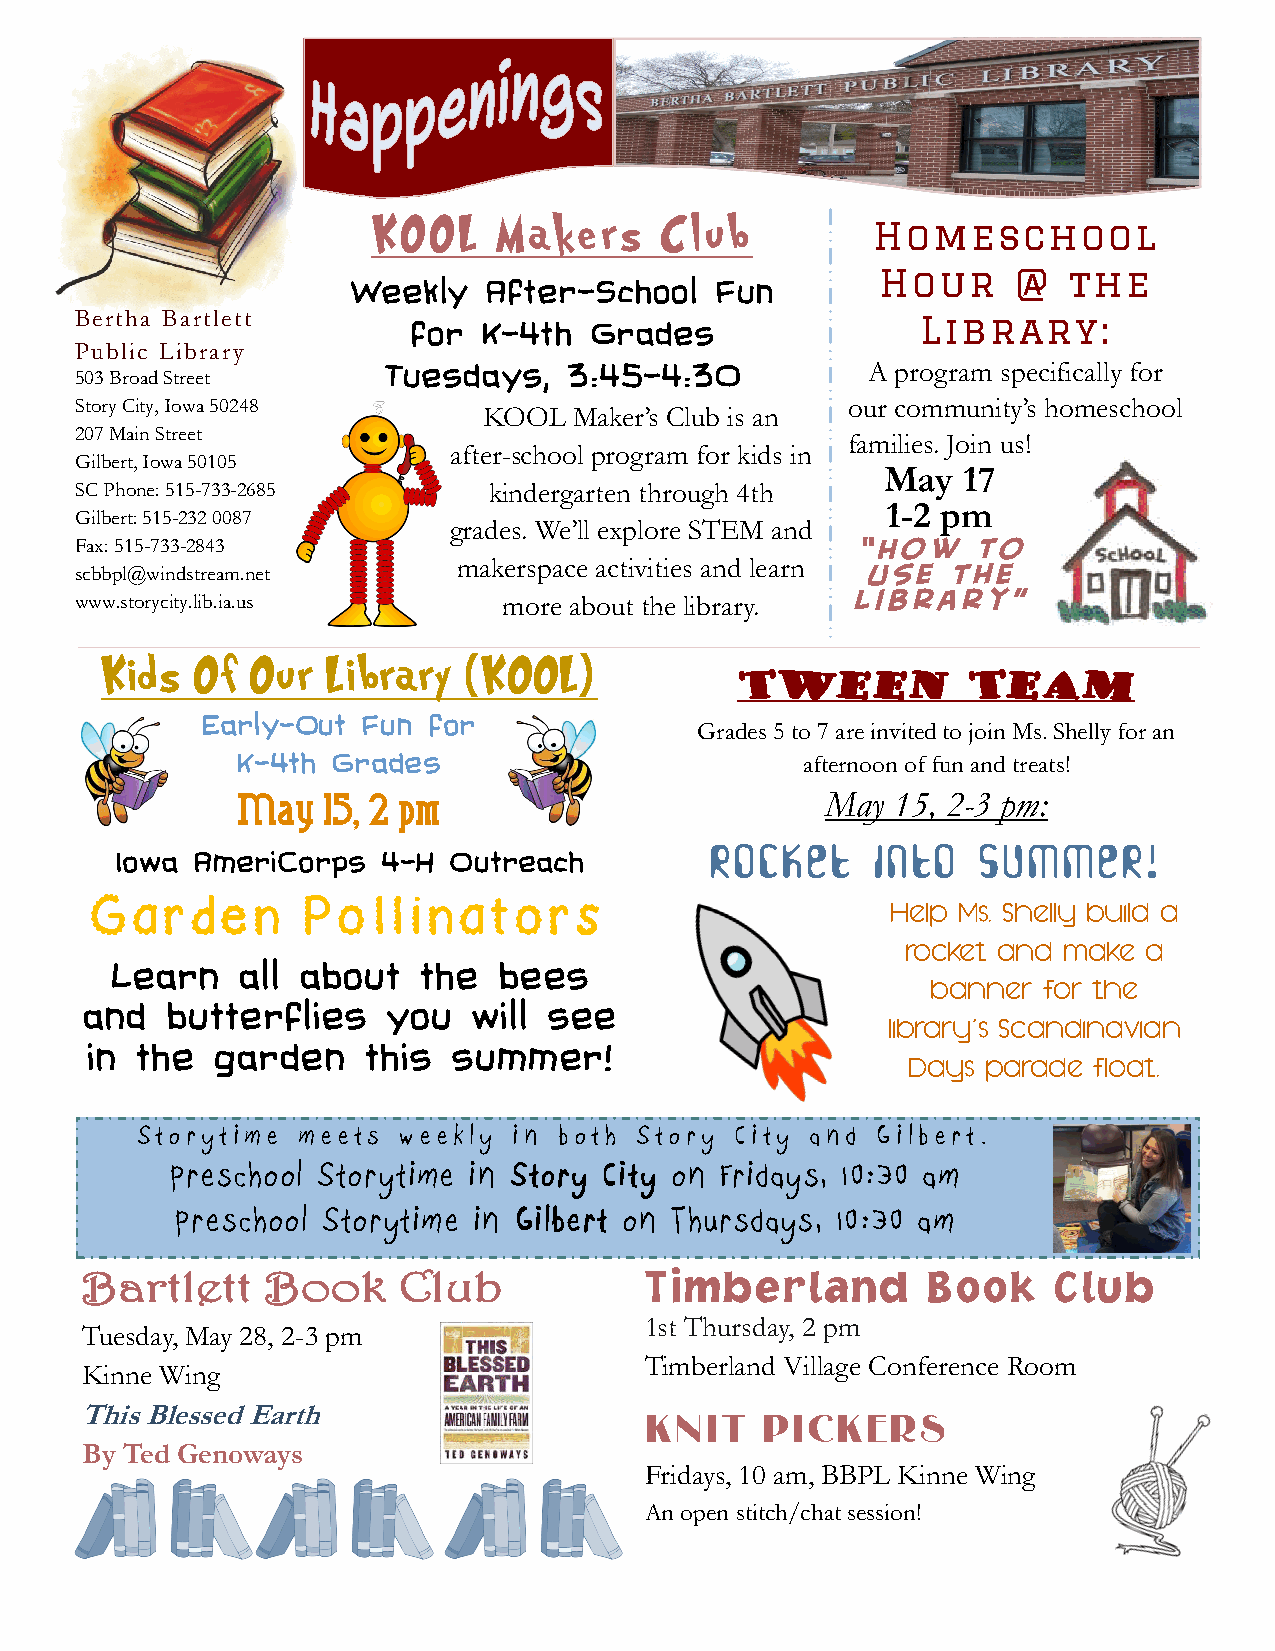
KOOL    Makers     Club          Homeschool
 Hour     @   the
 Weekly   After-School   Fun
 Bertha Bartlett       for  K-4th  Grades                Library:
 Public Library
 Tuesdays,    3:45-4:30          A program specifically for
 503 Broad Street
 Story City, Iowa 50248                             our community’s homeschool
 KOOL  Maker’s Club is an
 207 Main Street
 families. Join us!
 after-school program for kids in
 Gilbert, Iowa 50105
 May  17
 SC Phone: 515-733-2685     kindergarten through 4th
 1-2 pm
 Gilbert: 515-232 0087
 grades. We’ll explore STEM and
 Fax: 515-733-2843                                  “How    to
 makerspace activities and learn Use the
 scbbpl@windstream.net
 Library”
 www.storycity.lib.ia.us     more about the library.
 Kids  Of  Our  Library  (KOOL)
 Tween          Team
 Early-Out  Fun for
 Grades 5 to 7 are invited to join Ms. Shelly for an
 K-4th Grades                         afternoon of fun and treats!
 May  15, 2 pm                          May 15, 2-3 pm:
 Rocket     into   Summer!
 Iowa AmeriCorps  4-H  Outreach
 Garden        Pollinators                            Help Ms. Shelly build a
 rocket and make a
 Learn    all about   the  bees
 banner for the
 and   butterflies    you  will see
 library’s Scandinavian
 in the  garden    this  summer!
 Days parade float.
 S to r y t i m e m e e ts w e e k ly i n b o t h S to r y C i t y a n d G i l b e r t .
 Preschool Storytime in Story City on Fridays, 10:30 am
 Preschool Storytime in Gilbert on Thursdays, 10:30 am
 Bartlett     Book    Club             Timberland        Book     Club
 1st Thursday, 2 pm
 Tuesday, May 28, 2-3 pm
 Timberland Village Conference Room
 Kinne Wing
 This Blessed Earth
 Knit   Pickers
 By Ted Genoways
 Fridays, 10 am, BBPL Kinne Wing
 An open stitch/chat session!